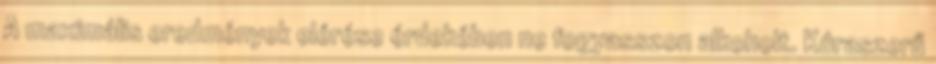
A maximális eredmények elérése érdekében ne fogyasszon alkoholt. Kúraszerű